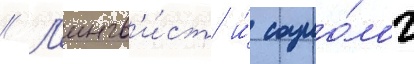
// Л'ингв'и́ст и́ социо́лог